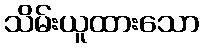
သိမ်းယူထားသော